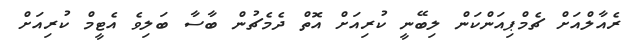
ރެއާލްއަށް ޗެމްޕިއަންކަން ލިބޭނީ ކުރިއަށް އޮތް ދެމެޗުން ބާސާ ބަލިވެ އެޓީމް ކުރިއަށް